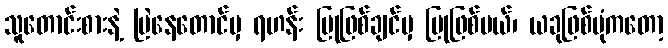
သူတောင်းစားနဲ့ မြဲနေတောင်မှ ရဟန်း ပြုဖြစ်ချင်မှ ပြုဖြစ်မယ်၊ ယခုဖြစ်ပုံကတော့